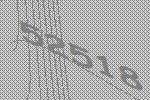
52518